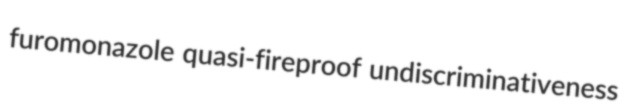
furomonazole quasi-fireproof undiscriminativeness